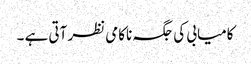
کامیابی کی جگہ ناکامی نظر آتی ہے ۔